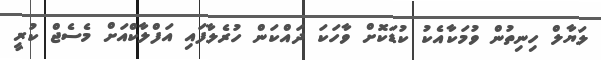
ލަޔާލް ހިނިތުން ވުމަކާއެކު ކުޑަކޮށް ވާހަކަ ދައްކަން ހުރެލާފައި އަފްލާކްއަށް މެސެޖް ކުރީ